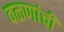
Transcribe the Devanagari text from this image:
वळणांची